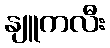
နျူကလီး